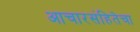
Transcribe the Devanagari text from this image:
आचारसंहितेचा